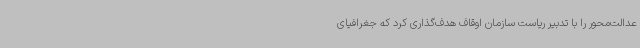
عدالت‌محور را با تدبیر ریاست سازمان اوقاف هدف‌گذاری کرد که جغرافیای